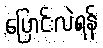
ပြောင်းလဲရန်